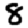
Digit: 8